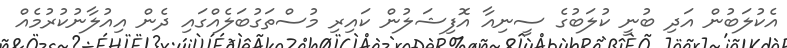
އެކުލަބުން އަދި ބުނީ ކުލަބުގެ ސީނިއާ އޮފިޝަލުން ކައިރި މުސްތަގުބަލެއްގައި ދެން އިއުލާނުކުރުމެއް